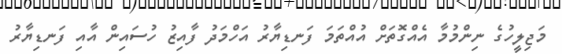
މަޖިލީހުގެ ނިންމުމާ އެއްގޮތަށް އުއްތަމަ ފަނޑިޔާރު އަހްމަދު ފާއިޒު ހުސައިން އާއި ފަނޑިޔާރު